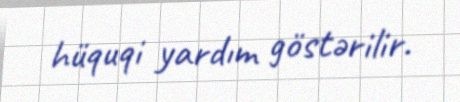
hüquqi yardım göstərilir.